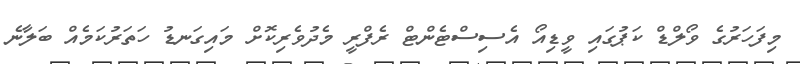
މިފަހަރުގެ ވޯލްޑް ކަޕުގައި ވީޑިއޯ އެސިސްޓެންޓް ރެފްރީ މެދުވެރިކޮށް މައިގަނޑު ހަތަރުކަމެއް ބަލާނެ